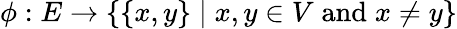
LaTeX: \phi:E\to\{ \{ x,y\} \mid x,y\in V\; {\textrm{and}}\; x\neq y\}